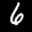
Label: 6